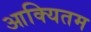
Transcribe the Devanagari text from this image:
आक्यितम